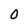
Character: 0